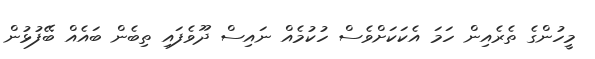
މީހުންގެ ތެރެއިން ހަމަ އެކަކަށްވެސް ހުކުމެއް ނައިސް ދޫވެފައި ތިބެން ބައެއް ބޭފުޅުން